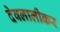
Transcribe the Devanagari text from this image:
देवलालीकर